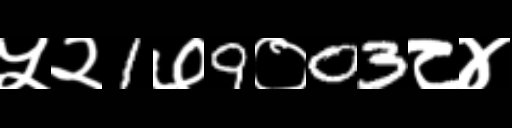
Text: ५२1७9०03८४